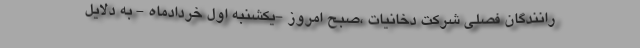
رانندگان فصلی شرکت دخانیات ،صبح امروز -یکشنبه اول خردادماه - به دلایل